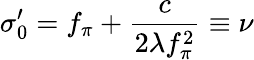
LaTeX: \sigma_{0}^{\prime}=f_{\pi}+\frac{c}{2\lambda f_{\pi}^{2}}\equiv\nu